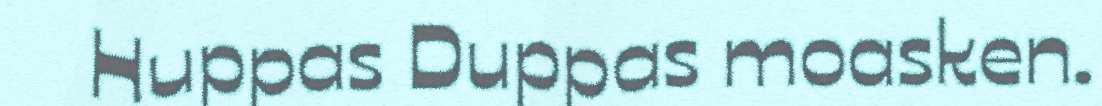
Huppas Duppas moasken.